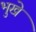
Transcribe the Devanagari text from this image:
भुखे